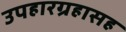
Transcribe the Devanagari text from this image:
उपहारग्रहासह